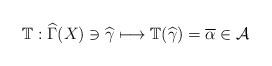
LaTeX: \begin{align*}\mathbb{T}:\widehat{\Gamma }(X)\ni \widehat{\gamma }\longmapsto \mathbb{T}(\widehat{\gamma })=\overline{\alpha }\in \mathcal{A} \end{align*}